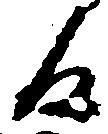
日